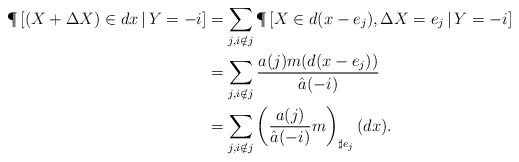
\begin{align*}\P \left[(X + \Delta X) \in dx \, | \, Y =-i \right] &= \sum_{j,i \notin j} \P\left[X\in d(x-e_{j}), \Delta X= e_{j} \, | \, Y=-i \right] \\&=\sum_{j,i \notin j} \frac{a(j)m(d(x-e_{j}))}{\hat a(-i)}\\&=\sum_{j,i \notin j} \left(\frac{a(j)}{\hat a(-i)}m\right)_{\sharp e_j} (dx).\end{align*}